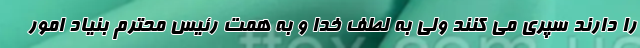
را دارند سپری می کنند ولی به لطف خدا و به همت رئیس محترم بنیاد امور